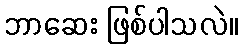
ဘာဆေး ဖြစ်ပါသလဲ။